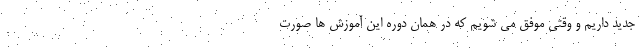
جدید داریم و وقتی موفق می شویم که در همان دوره این آموزش ها صورت